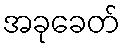
အခုခေတ်